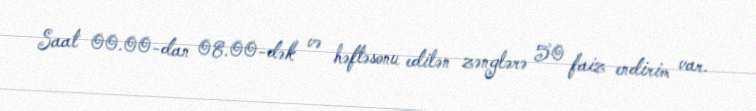
Saat 00.00-dan 08.00-dək və həftəsonu edilən zənglərə 50 faiz endirim var.